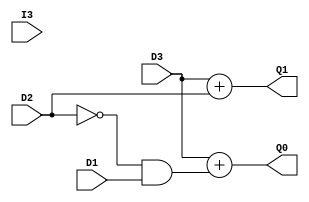
`timescale 1ns / 1ps
//////////////////////////////////////////////////////////////////////////////////
// Company: 
// Engineer: 
// 
// Design Name: 
// Module Name:    encoder 
// Project Name: 
// Target Devices: 
// Tool versions: 
// Description: 
//
// Dependencies: 
//
// Revision: 
// Revision 0.01 - File Created
// Additional Comments: 
//
//////////////////////////////////////////////////////////////////////////////////
module encoder(
    input I3,
    input D1,
    input D2,
    input D3,
    output Q0,
    output Q1
    );
	 
assign Q1 = D3 + D2;
assign Q0 = D3 + ((~D2)&D1);

endmodule